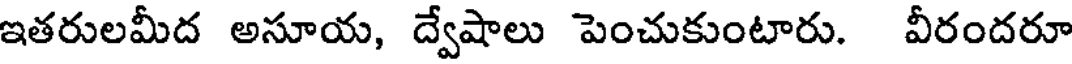
ఇతరులమీద అసూయ, ద్వేషాలు పెంచుకుంటారు. వీరందరూ